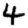
Digit: 4